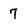
Character: 7